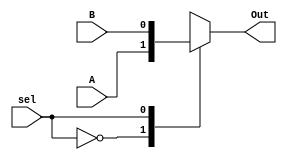
module Mux2x1
    #(parameter n =1 )
    (
        input [n-1:0] A,B,
        input sel,
        output reg[n-1:0] Out
    );

    always @(*) 
    begin
        case (sel)
            0:Out=A;
            1:Out=B; 
            default:Out='b0; 
        endcase    
    end
endmodule